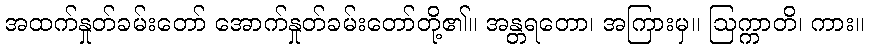
အထက်နှုတ်ခမ်းတော် အောက်နှုတ်ခမ်းတော်တို့၏။ အန္တရတော၊ အကြားမှ။ ဩက္ကာတိ၊ ကား။